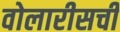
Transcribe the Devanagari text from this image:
वोलारीसची